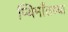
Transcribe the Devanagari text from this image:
प्यिमाँतच्या